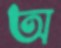
অ